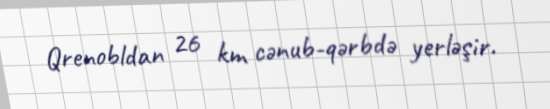
Qrenobldan 26 km cənub-qərbdə yerləşir.